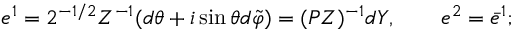
e ^ { 1 } = 2 ^ { - 1 / 2 } Z ^ { - 1 } ( d \theta + i \sin \theta d \tilde { \varphi } ) = ( P Z ) ^ { - 1 } d Y , \qquad e ^ { 2 } = \bar { e } ^ { 1 } ;